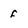
Character: f